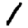
Digit: 1